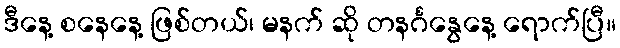
ဒီနေ့ စနေနေ့ ဖြစ်တယ်၊ မနက် ဆို တနင်္ဂနွေနေ့ ရောက်ပြီ။